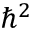
\hbar ^ { 2 }